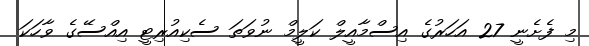
މި ފެށެނީ 27 އަހަރުގެ އިސްމާއީލް ކަލީމް ނުވަތަ ސެކިއުރިޓީ އިއްސޭގެ ވާހަކަ